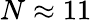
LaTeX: N\approx{11}